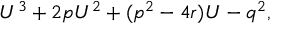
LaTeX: U ^ { 3 } + 2 p U ^ { 2 } + ( p ^ { 2 } - 4 r ) U - q ^ { 2 } ,